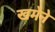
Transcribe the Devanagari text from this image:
खमेने